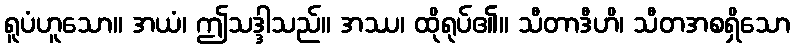
ရူပံဟူသော။ အယံ၊ ဤသဒ္ဒါသည်။ အဿ၊ ထိုရုပ်၏။ သီတာဒီဟိ၊ သီတအစရှိသော